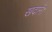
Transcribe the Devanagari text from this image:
खदानें।